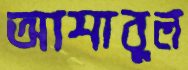
আশাবুল